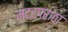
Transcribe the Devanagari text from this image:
मटरपरांठा